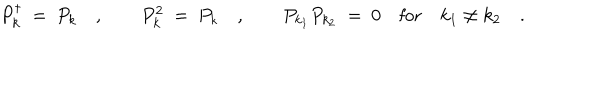
P _ { k } ^ { \dagger } \ = \ P _ { k } \quad , \qquad P _ { k } ^ { 2 } \ = \ P _ { k } \quad , \qquad P _ { k _ { 1 } } P _ { k _ { 2 } } \ = \ 0 \quad \textrm { f o r } \quad k _ { 1 } \neq k _ { 2 } \quad .